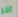
آخر